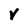
Character: V